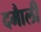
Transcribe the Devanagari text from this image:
दमाैली